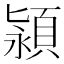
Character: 𬱄